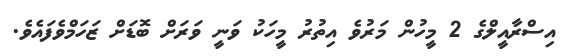
އިސްރާއީލްގެ 2 މީހުން މަރުވެ އިތުރު މީހަކު ވަނީ ވަރަށް ބޮޑަށް ޒަހަމްވެފައެވެ.